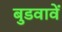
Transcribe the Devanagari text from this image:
बुडवावें